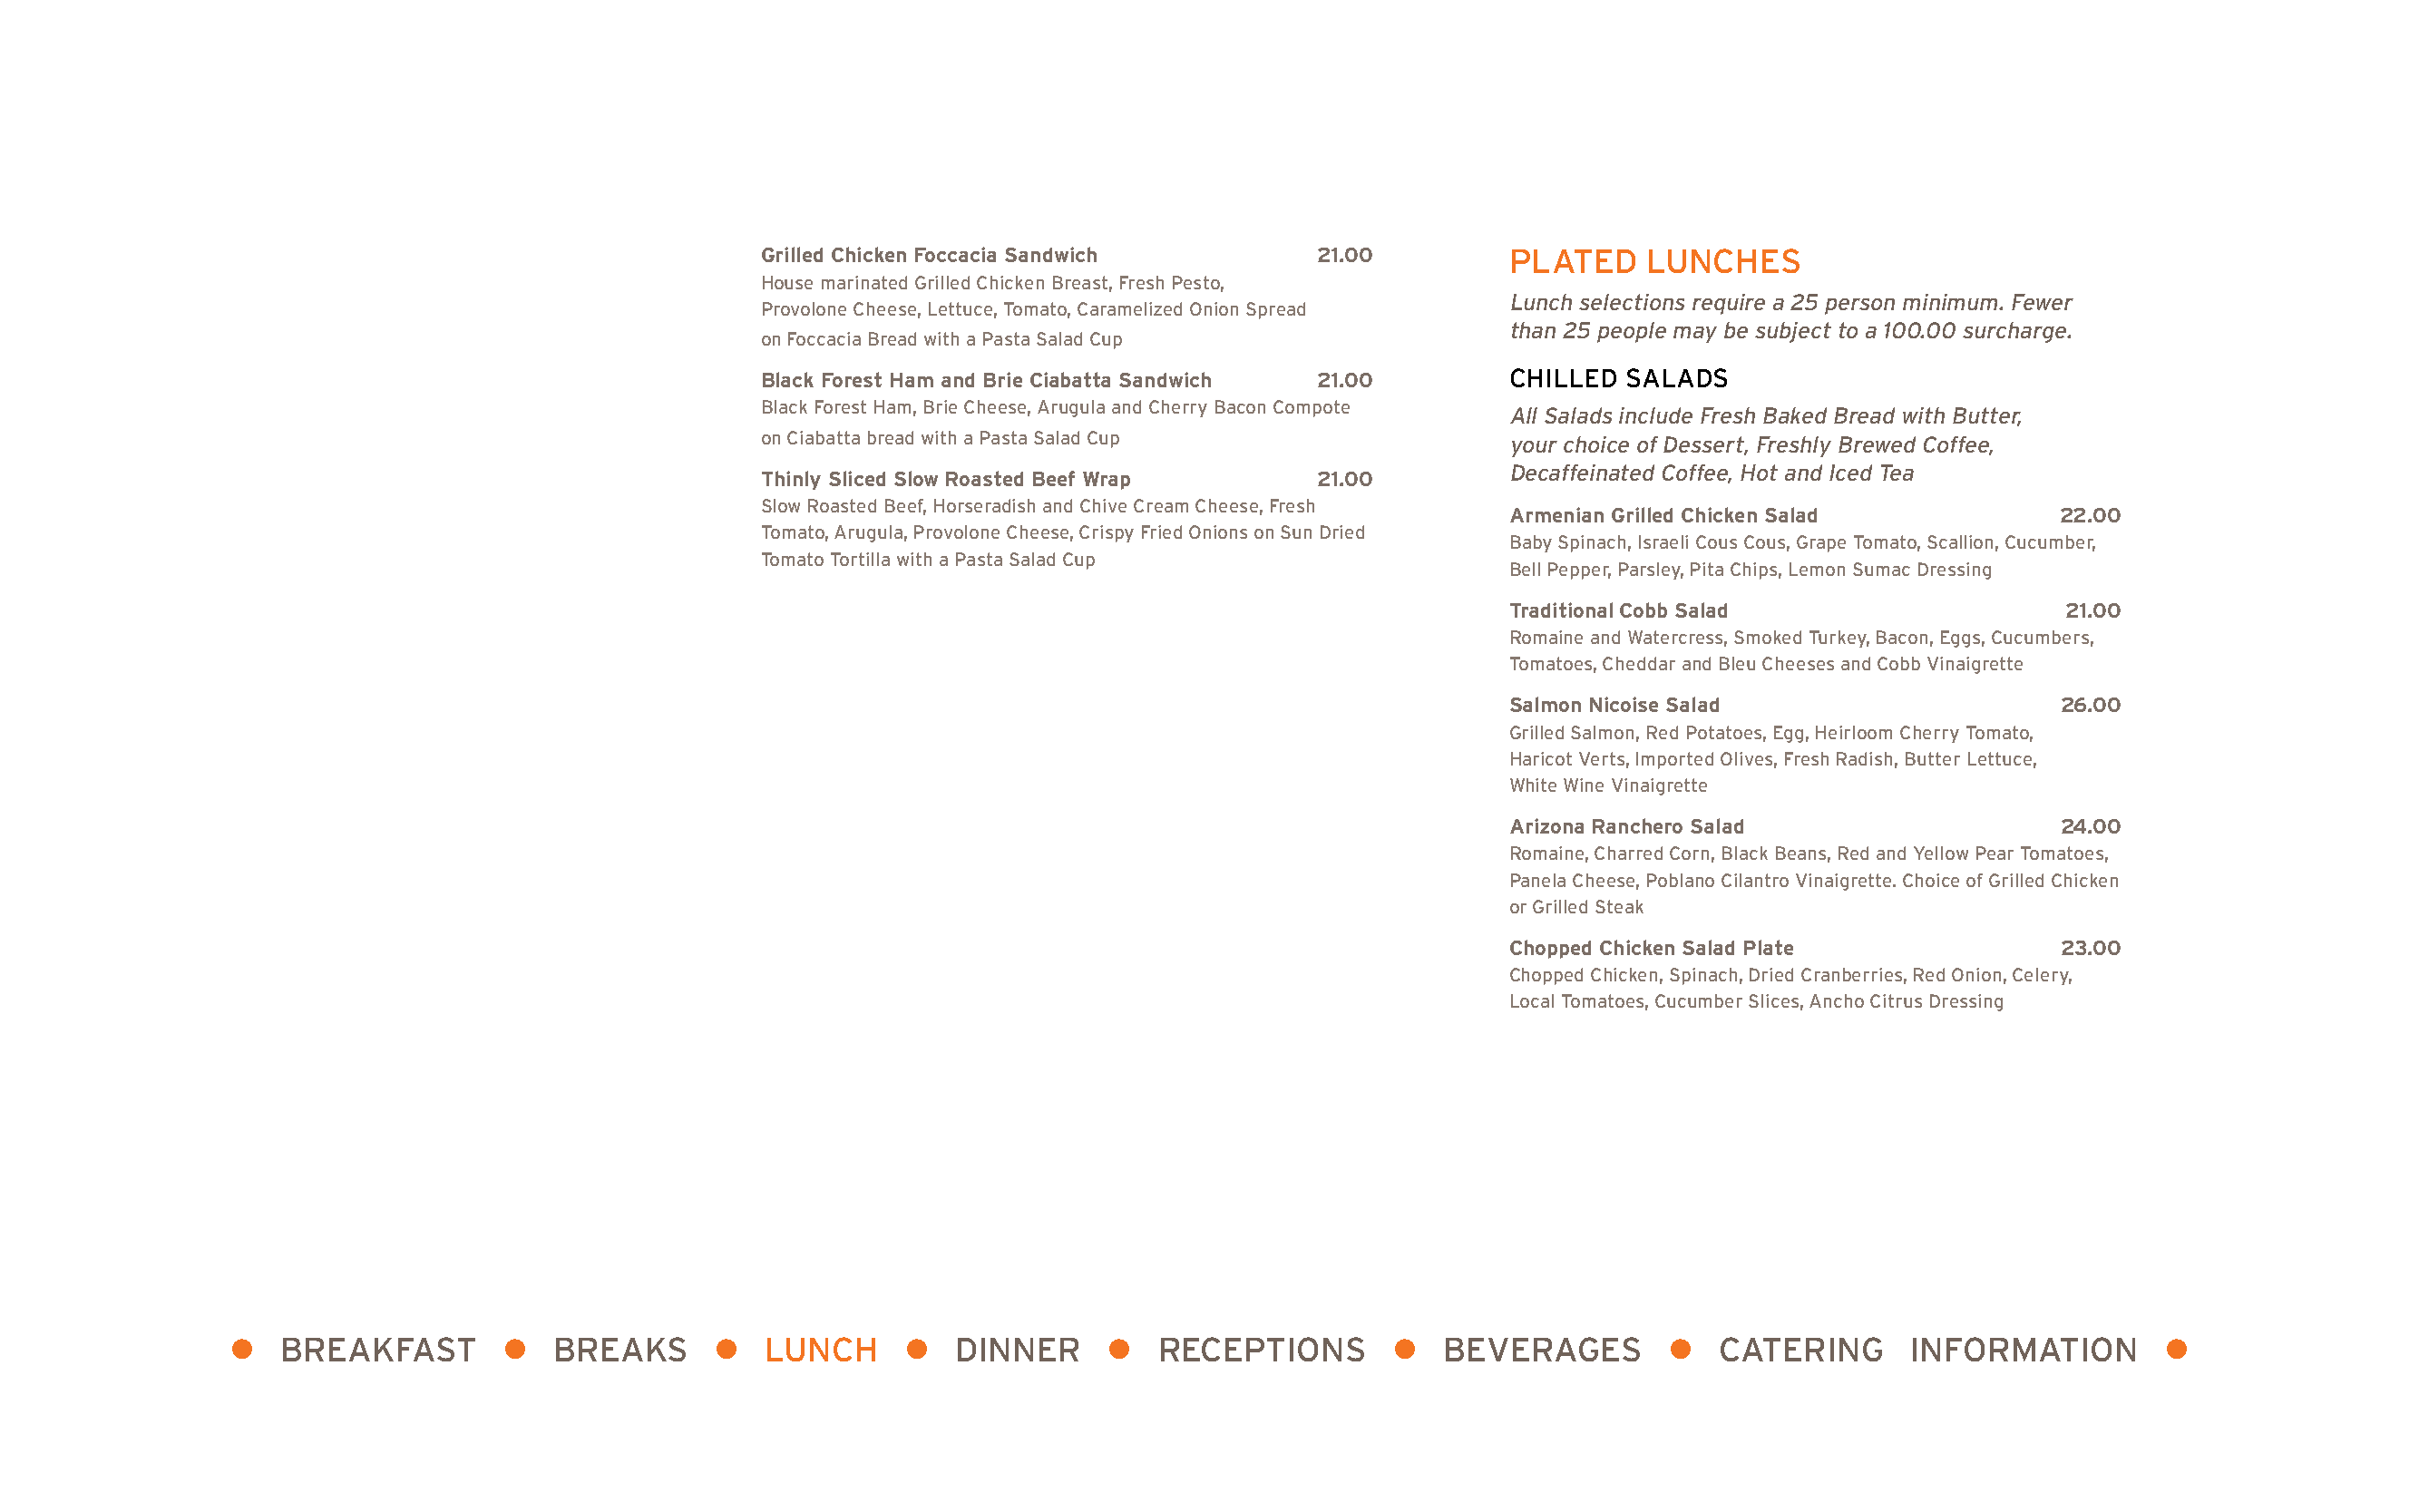
Grilled Chicken Foccacia Sandwich       21.00         PLATED    LUNCHES
 House marinated Grilled Chicken Breast, Fresh Pesto,
 Lunch selections require a 25 person minimum. Fewer
 Provolone Cheese, Lettuce, Tomato, Caramelized Onion Spread
 than 25 people may be subject to a 100.00 surcharge.
 on Foccacia Bread with a Pasta Salad Cup
 Black Forest Ham and Brie Ciabatta Sandwich 21.00     CHILLED  SALADS
 Black Forest Ham, Brie Cheese, Arugula and Cherry Bacon Compote
 All Salads include Fresh Baked Bread with Butter,
 on Ciabatta bread with a Pasta Salad Cup              your choice of Dessert, Freshly Brewed Coffee,
 Decaffeinated Coffee, Hot and Iced Tea
 Thinly Sliced Slow Roasted Beef Wrap    21.00
 Slow Roasted Beef, Horseradish and Chive Cream Cheese, Fresh
 Armenian Grilled Chicken Salad          22.00
 Tomato, Arugula, Provolone Cheese, Crispy Fried Onions on Sun Dried
 Baby Spinach, Israeli Cous Cous, Grape Tomato, Scallion, Cucumber,
 Tomato Tortilla with a Pasta Salad Cup
 Bell Pepper, Parsley, Pita Chips, Lemon Sumac Dressing
 Traditional Cobb Salad                   21.00
 Romaine and Watercress, Smoked Turkey, Bacon, Eggs, Cucumbers,
 Tomatoes, Cheddar and Bleu Cheeses and Cobb Vinaigrette
 Salmon Nicoise Salad                    26.00
 Grilled Salmon, Red Potatoes, Egg, Heirloom Cherry Tomato,
 Haricot Verts, Imported Olives, Fresh Radish, Butter Lettuce,
 White Wine Vinaigrette
 Arizona Ranchero Salad                  24.00
 Romaine, Charred Corn, Black Beans, Red and Yellow Pear Tomatoes,
 Panela Cheese, Poblano Cilantro Vinaigrette. Choice of Grilled Chicken
 or Grilled Steak
 Chopped Chicken Salad Plate             23.00
 Chopped Chicken, Spinach, Dried Cranberries, Red Onion, Celery,
 Local Tomatoes, Cucumber Slices, Ancho Citrus Dressing
 l  BREAKFAST        l  BREAKS      l   LUNCH     l   DINNER     l   RECEPTIONS       l  BEVERAGES        l  CATERING      INFORMATION        l